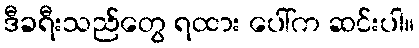
ဒီခရီးသည်တွေ ရထား ပေါ်က ဆင်းပါ။